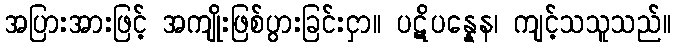
အပြားအားဖြင့် အကျိုးဖြစ်ပွားခြင်းငှာ။ ပဋိပန္နေန၊ ကျင့်သသူသည်။